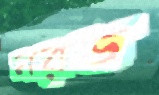
নরড